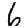
Digit: 6